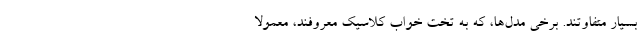
بسیار متفاوتند. برخی مدل‌ها، که به تخت خواب کلاسیک معروفند، معمولا